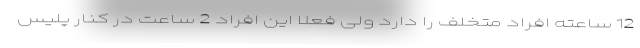
12 ساعته افراد متخلف را دارد ولی فعلا این افراد 2 ساعت در کنار پلیس